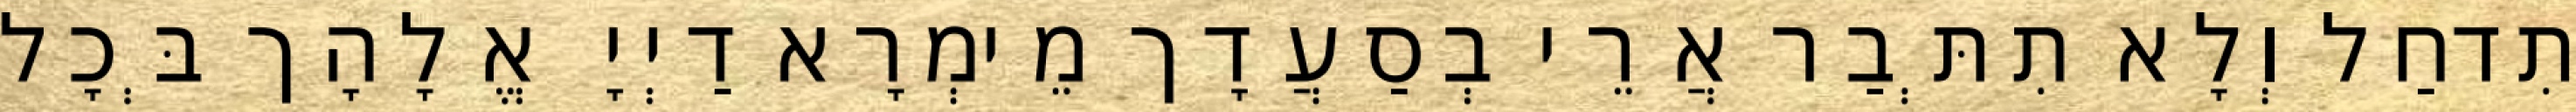
תִדחַל וְלָא תִתְּבַר אֲרֵי בְסַעֲדָך מֵימְרָא דַיְיָ אֱלָהָך בְּכָל